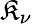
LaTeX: \mathfrak{K}_{\nu}